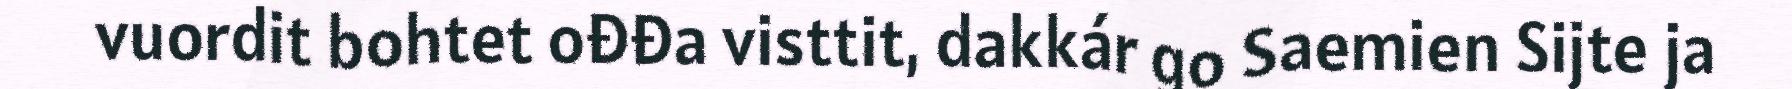
vuordit bohtet ođđa visttit, dakkár go Saemien Sijte ja